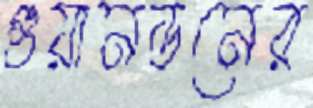
গুয়ানডনের